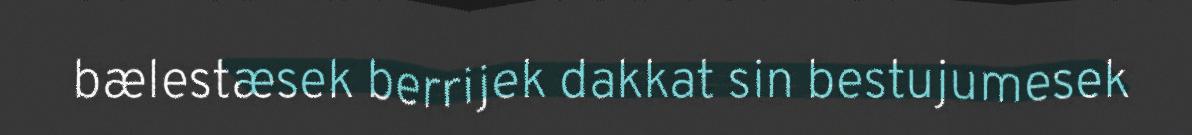
bælestæsek berrijek dakkat sin bestujumesek